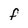
Character: F